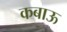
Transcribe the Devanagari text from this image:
कबाऊ